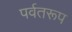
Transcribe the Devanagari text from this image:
पर्वतरूप